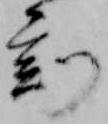
刻